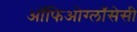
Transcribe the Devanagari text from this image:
ऑफिओग्लॉसेसी